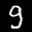
Label: 9